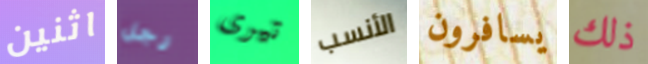
اثنين رجل تيرى الأنسب يسافرون ذلك